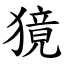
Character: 獍